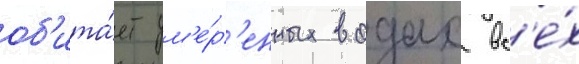
об'ита́ет ум'е́р'енных водах вс'е́х